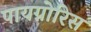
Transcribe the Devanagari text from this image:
पायग्नोरिस